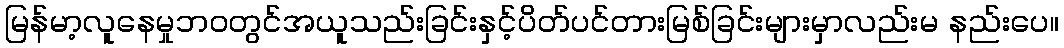
မြန်မာ့လူနေမှုဘဝတွင်အယူသည်းခြင်းနှင့်ပိတ်ပင်တားမြစ်ခြင်းများမှာလည်းမ နည်းပေ။